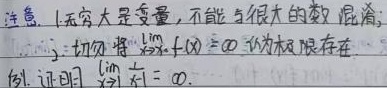
注意：
1. 无穷大是变量，不能与很大的数混淆。
例. 证明\(\lim\limits_{x \to 0} \frac{1}{x^{2}} = \infty\)。